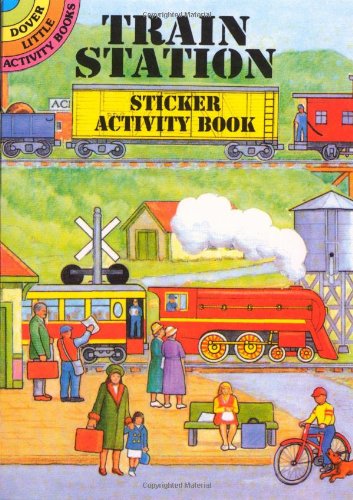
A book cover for Train Station Sticker Activity Book (Dover Little Activity Books Stickers); A. G. Smith; Children's Books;